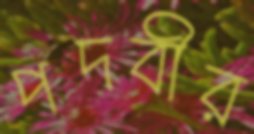
পদবীর